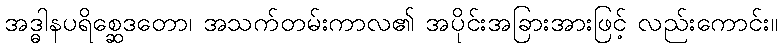
အဒ္ဓါနပရိစ္ဆေဒတော၊ အသက်တမ်းကာလ၏ အပိုင်းအခြားအားဖြင့် လည်းကောင်း။